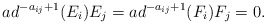
\begin{align*}ad^{-a_{ij}+1}(E_{i})E_{j}=ad^{-a_{ij}+1}(F_{i})F_{j}=0.\end{align*}